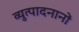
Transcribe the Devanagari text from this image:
व्युत्पादनानों